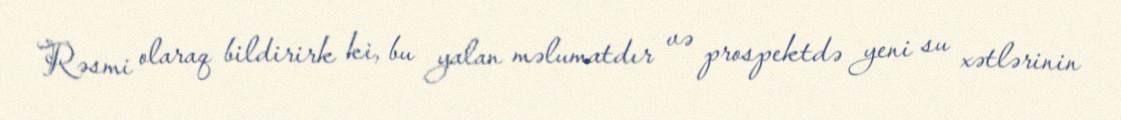
Rəsmi olaraq bildirirk ki, bu yalan məlumatdır və prospektdə yeni su xətlərinin